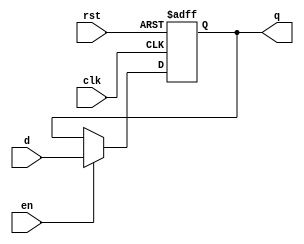
`timescale 1ns / 1ps
//////////////////////////////////////////////////////////////////////////////////
// Company: 
// Engineer: 
// 
// Design Name: 
// Module Name: pc
// Project Name: 
// Target Devices: 
// Tool Versions: 
// Description: 
// 
// Dependencies: 
// 
// Revision:
// Revision 0.01 - File Created
// Additional Comments:
// 
//////////////////////////////////////////////////////////////////////////////////


module pc #(parameter WIDTH = 8)(
	input wire clk,rst,en,
	input wire[WIDTH-1:0] d,
	output reg[WIDTH-1:0] q
    );
	always @(posedge clk,posedge rst) begin
		if(rst) begin
			q <= 0;
		end else if(en) begin
			/* code */
			q <= d;
		end
	end
endmodule